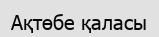
Ақтөбе қаласы